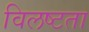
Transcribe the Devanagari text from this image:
विलष्टता